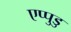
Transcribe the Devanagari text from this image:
एप्पुडु